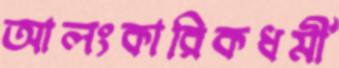
আলংকারিকধর্মী